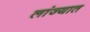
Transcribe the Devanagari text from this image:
लांज्यात